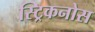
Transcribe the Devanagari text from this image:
स्ट्रिकनोस